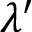
\lambda ^ { \prime }